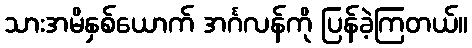
သားအမိနှစ်ယောက် အင်္ဂလန်ကို ပြန်ခဲ့ကြတယ်။